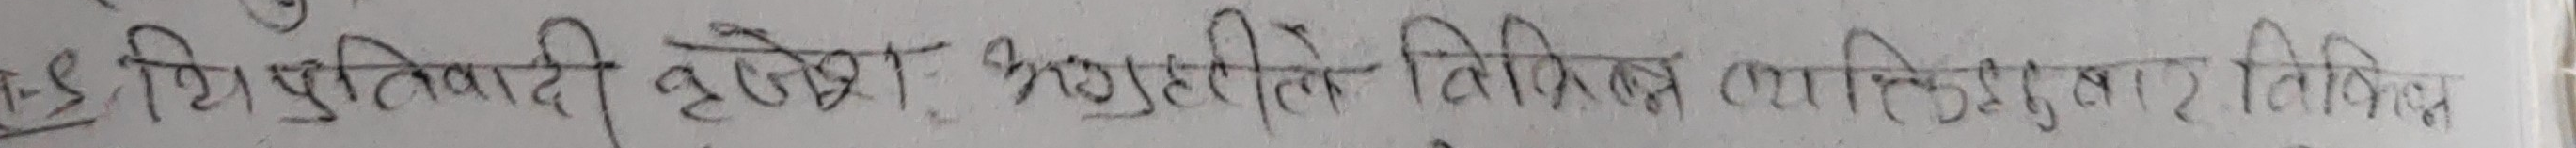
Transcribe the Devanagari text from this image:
हे शिशु तिवारी, हार्दिक श्रद्वांजलि निवेदन गर्दछु।